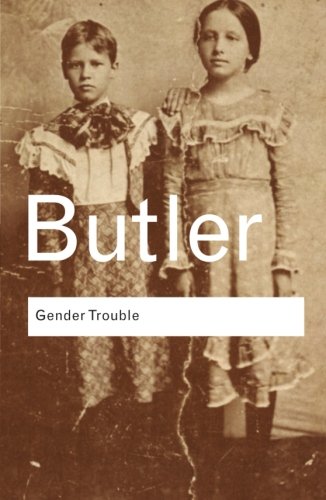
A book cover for Gender Trouble: Feminism and the Subversion of Identity (Routledge Classics); Judith Butler; Literature & Fiction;